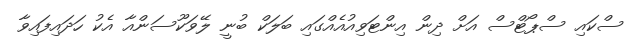
ސްކައި ސްޕޯޓްސް އަށް ދިން އިންޓަވިއުއެއްގައި ބަލަކް ބުނީ ލޭވަކޫސަންއާ އެކު ހަދައިފައިވާ